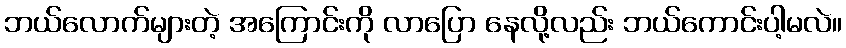
ဘယ်လောက်များတဲ့ အကြောင်းကို လာပြော နေလို့လည်း ဘယ်ကောင်းပါ့မလဲ။